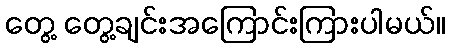
တွေ့ တွေ့ချင်းအကြောင်းကြားပါမယ်။